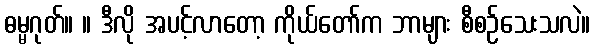
ဓမ္မဂုတ်။ ။ ဒီလို အပင့်လာတော့ ကိုယ်တော်က ဘာများ စီစဉ်သေးသလဲ။